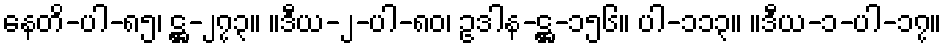
နေတိ-ပါ-၈၅၊ ဋ္ဌ-၂၇၃။ ။ဒီယ-၂-ပါ-၈၀၊ ဥဒါန-ဋ္ဌ-၁၅၆။ ပါ-၁၁၃။ ။ဒီယ-၁-ပါ-၁၇။